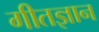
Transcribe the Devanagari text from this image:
गीतज्ञान